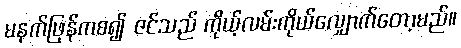
မနက်ဖြန်ကစ၍ ဇင်သည် ကိုယ့်လမ်းကိုယ်လျှောက်တော့မည်။